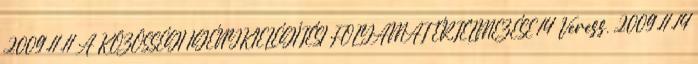
2009.11.11 A KÖZÖSSÉGI IGÉNYKIELÉGÍTÉSI FOLYAMAT ÉRTELMEZÉSE 14 Veress, 2009.11.14